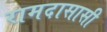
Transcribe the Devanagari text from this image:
रामदासासी